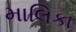
માલિકા